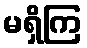
မရှိကြ